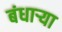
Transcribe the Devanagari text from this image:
बंधाऱ्या